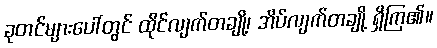
ခုတင်များပေါ်တွင် ထိုင်လျက်တချို့၊ အိပ်လျက်တချို့ ရှိကြ၏။